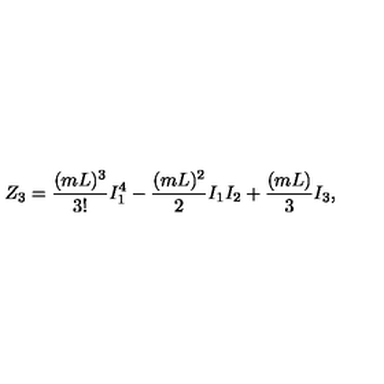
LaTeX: Z _ { 3 } = \frac { ( m L ) ^ { 3 } } { 3 ! } I _ { 1 } ^ { 4 } - \frac { ( m L ) ^ { 2 } } { 2 } I _ { 1 } I _ { 2 } + \frac { ( m L ) } { 3 } I _ { 3 } ,